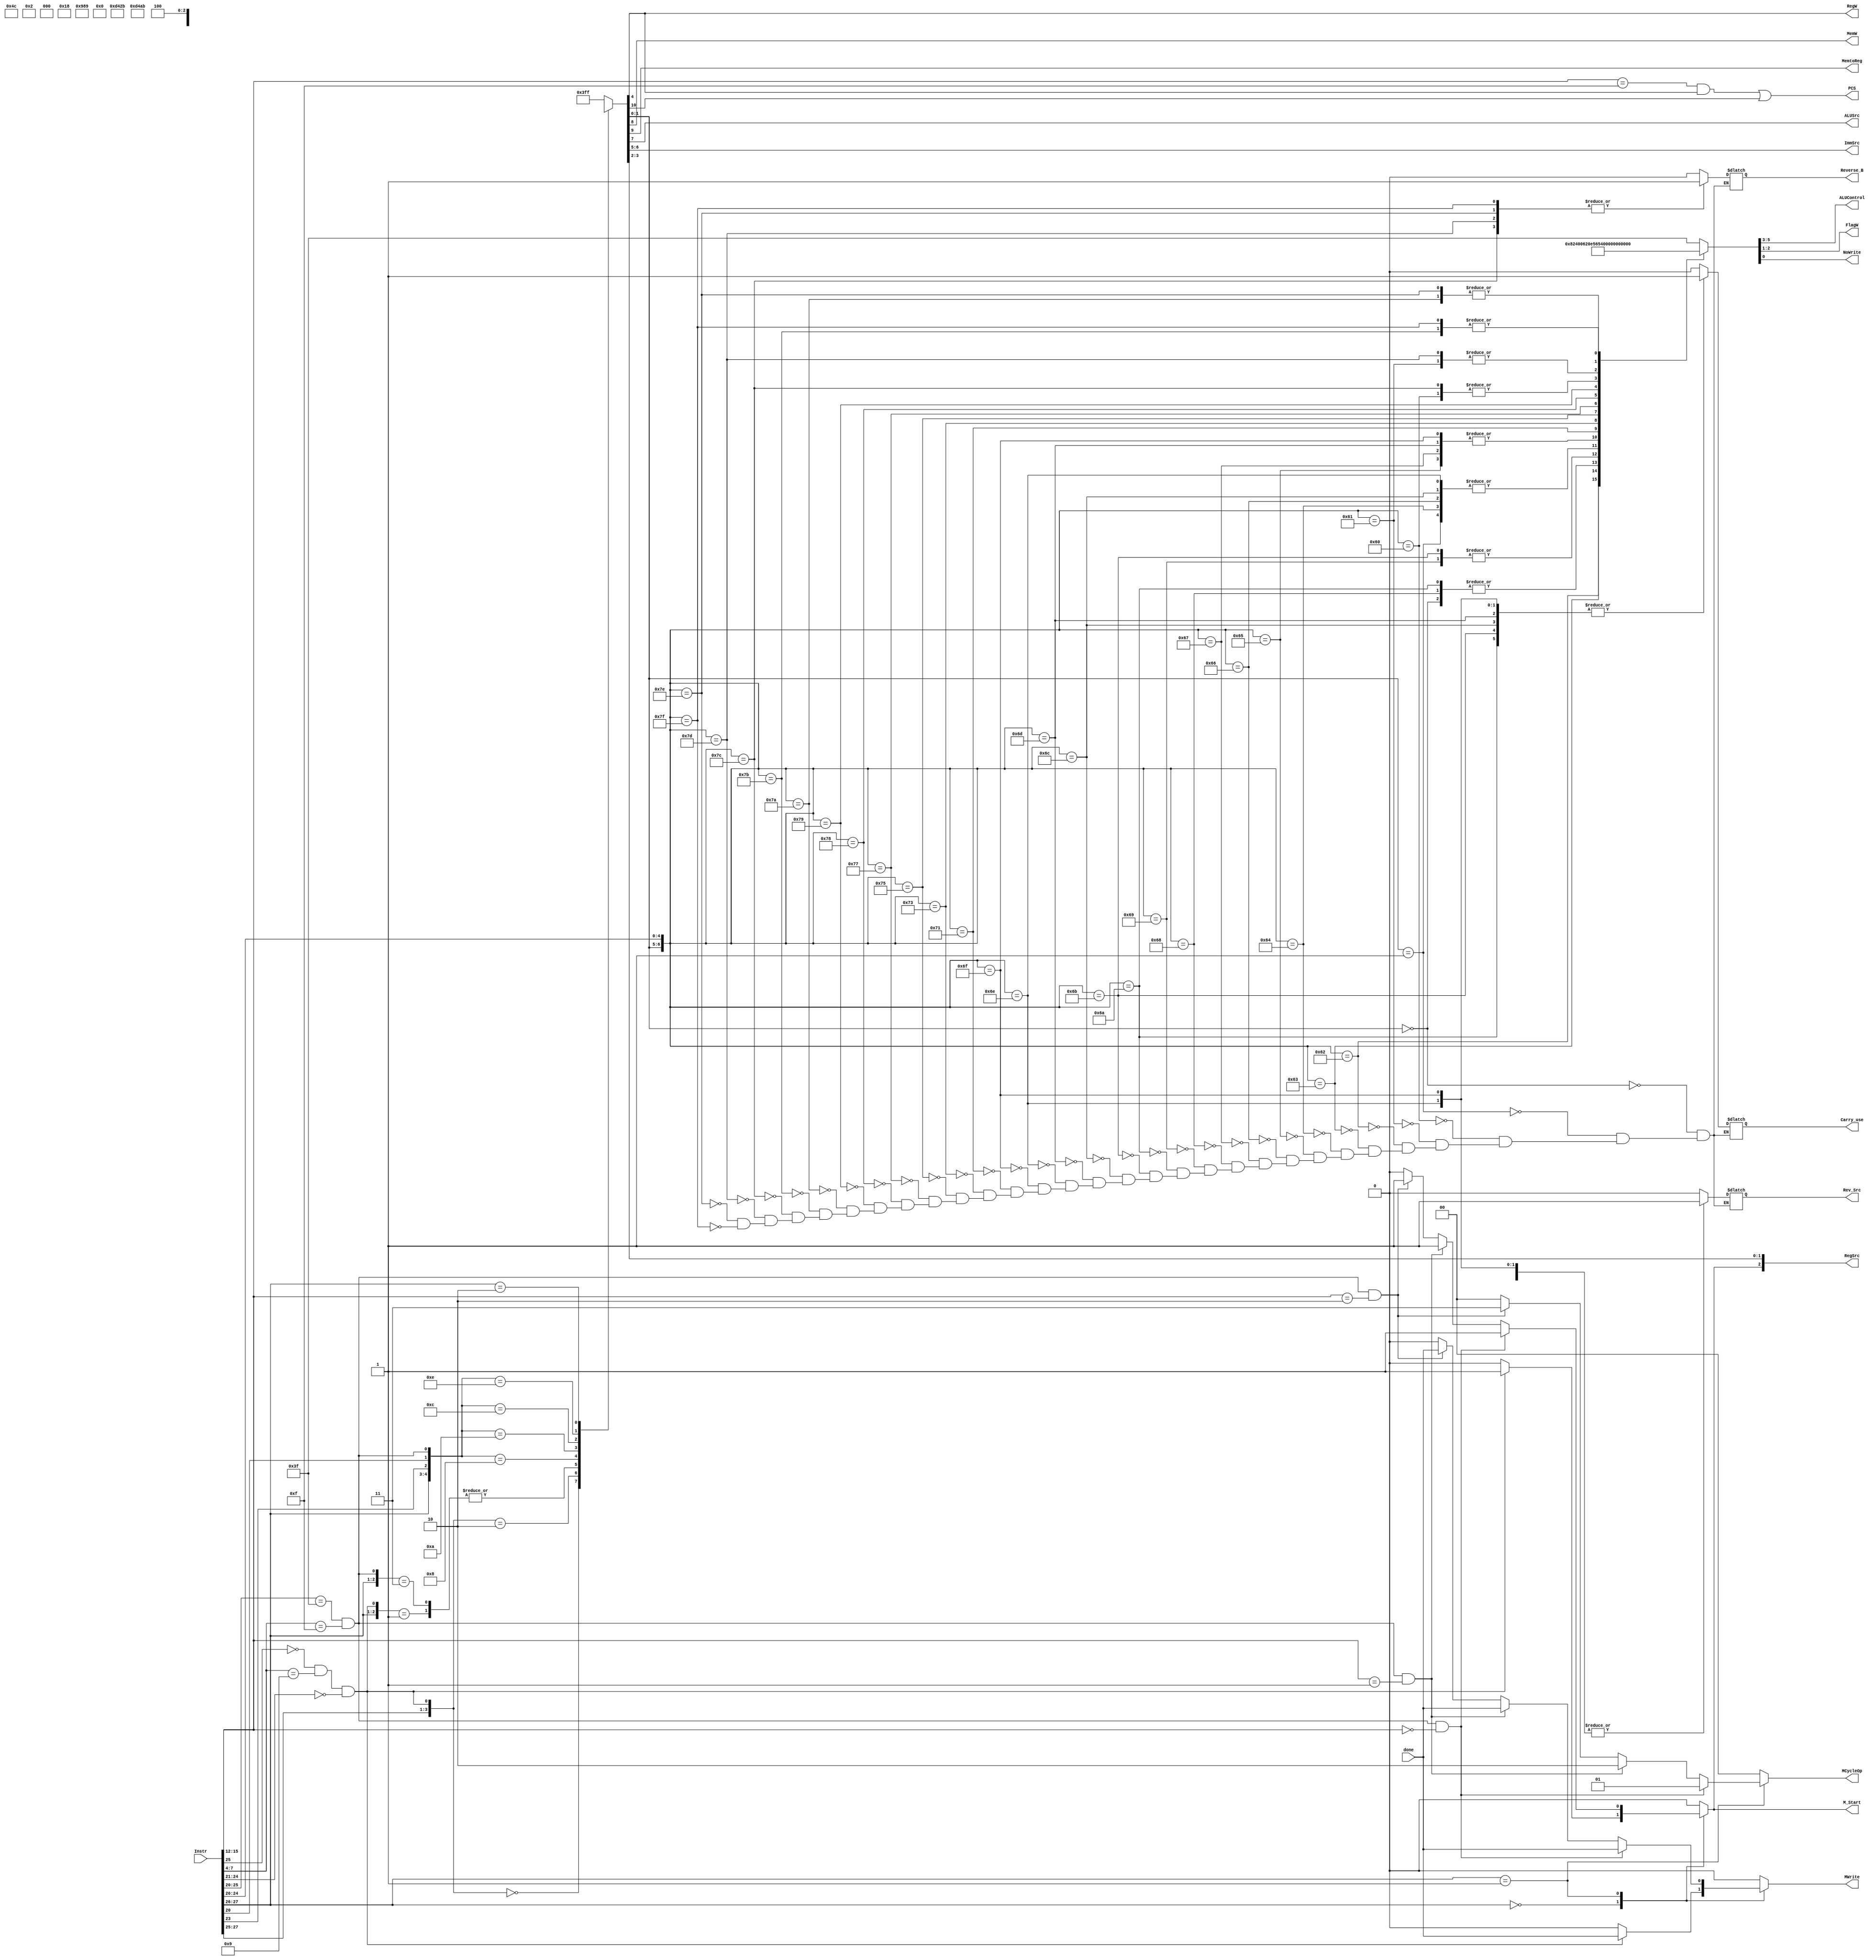
module Decoder(
    input [31:0] Instr,
	
    output PCS,
    output reg RegW, 
    output reg MemW, 
    output reg MemtoReg,
    output reg ALUSrc,
    output reg [1:0] ImmSrc,
    output reg [2:0] RegSrc,
    output reg [2:0] ALUControl,
    output reg [1:0] FlagW,
    output reg NoWrite,

    input done,
    output reg M_Start,
    output reg [1:0] MCycleOp,
    output reg MWrite,

    output reg Carry_use,
    output reg Reverse_B,

    output reg Rev_Src
    ); 
    
    reg [1:0] ALUOp; 
    reg Branch;
    
    wire [1:0] op = Instr[27:26];
    wire funct_I = Instr[25];
    wire [3:0] funct_cmd = Instr[24:21];
    wire funct_S = Instr[20];
    wire funct_U = Instr[23];
    // PC Logic
    assign PCS = ((Instr[15:12] == 4'd15)&RegW)|Branch;

    always @(*) begin
        case(op)
            2'b00:  begin
                if(Instr[25]==0 && Instr[7:4] == 4'b1001 && Instr[24:21] == 4'b0000)    begin
                    RegSrc[2] = 1'b1;
                    MWrite = done;                  
                    MCycleOp = 2'b0;
                    M_Start = 1'b1;
                end
                else begin
                    RegSrc[2] = 1'b0;
                    MWrite = 1'b0;
                    MCycleOp = 2'b0;
                    M_Start = 1'b0;
                end
            end
            2'b01:  begin
                if(Instr[25:20] == 6'b111111 && Instr[7:4] == 4'b1111 && Instr[15:12] == 4'b0000)  begin
                    RegSrc[2] = 1'b1;
                    MWrite = done;
                    MCycleOp = 2'b1;
                    M_Start = 1'b1;
                end
                else if(Instr[25:20] == 6'b111111 && Instr[7:4] == 4'b1111 && Instr[15:12] == 4'b0001)  begin
                    RegSrc[2] = 1'b1;
                    MWrite = done;
                    MCycleOp = 2'd2;
                    M_Start = 1'b1;
                end
                else if(Instr[25:20] == 6'b111111 && Instr[7:4] == 4'b1111 && Instr[15:12] == 4'b0010)  begin
                    RegSrc[2] = 1'b1;
                    MWrite = done;
                    MCycleOp = 2'd3;
                    M_Start = 1'b1;
                end
                else begin
                    RegSrc[2] = 1'b0;
                    MWrite = 1'b0;
                    MCycleOp = 2'b0;
                    M_Start = 1'b0;
                end
            end
            default:    begin
                    RegSrc[2] = 1'b0;
                    MWrite = 1'b0;
                    MCycleOp = 1'b0;
                    M_Start = 1'b0;
            end
        endcase
    end
    
    wire mul_judge = Instr[25]==0 && Instr[7:4] == 4'b1001 && Instr[24:21] == 4'b0000;
    wire other_mul_cycle_judge = Instr[25:20] == 6'b111111 && Instr[7:4] == 4'b1111;
    always@(*)   begin
        casex({op, funct_I, funct_U, funct_S, mul_judge, other_mul_cycle_judge})
            // 7'b00_x_xx_1x:  {Branch, MemtoReg, MemW, ALUSrc, ImmSrc, RegW, RegSrc[1:0], ALUOp}  = 11'b0_0_0_x_xx_1_xx_00;
            7'b00_x_xx_1x:  {Branch, MemtoReg, MemW, ALUSrc, ImmSrc, RegW, RegSrc[1:0], ALUOp}  = 11'b0_0_0_x_xx_0_xx_00;
            7'b00_0_xx_0x:  {Branch, MemtoReg, MemW, ALUSrc, ImmSrc, RegW, RegSrc[1:0], ALUOp}  = 11'b0000xx100_11;
            7'b00_1_xx_0x:  {Branch, MemtoReg, MemW, ALUSrc, ImmSrc, RegW, RegSrc[1:0], ALUOp}  = 11'b0001001x0_11;
            // 7'b01_x_xx_x1:  {Branch, MemtoReg, MemW, ALUSrc, ImmSrc, RegW, RegSrc[1:0], ALUOp}  = 11'b0_0_0_x_xx_1_xx_00;
            7'b01_x_xx_x1:  {Branch, MemtoReg, MemW, ALUSrc, ImmSrc, RegW, RegSrc[1:0], ALUOp}  = 11'b0_0_0_x_xx_0_xx_00;
            7'b01_x_0_0_x0: {Branch, MemtoReg, MemW, ALUSrc, ImmSrc, RegW, RegSrc[1:0], ALUOp}  = 11'b0x1101010_01;
            7'b01_x_0_1_x0: {Branch, MemtoReg, MemW, ALUSrc, ImmSrc, RegW, RegSrc[1:0], ALUOp}  = 11'b0101011x0_01;
            7'b01_x_1_0_x0: {Branch, MemtoReg, MemW, ALUSrc, ImmSrc, RegW, RegSrc[1:0], ALUOp}  = 11'b0x1101010_00;
            7'b01_x_1_1_x0: {Branch, MemtoReg, MemW, ALUSrc, ImmSrc, RegW, RegSrc[1:0], ALUOp}  = 11'b0101011x0_00;
            7'b10_x_xx_xx:    {Branch, MemtoReg, MemW, ALUSrc, ImmSrc, RegW, RegSrc[1:0], ALUOp}  = 11'b1001100x1_00;
            default:    {Branch, MemtoReg, MemW, ALUSrc, ImmSrc, RegW, RegSrc[1:0], ALUOp}   = 11'h3FF;
        endcase
    end
    
    // ALU Decoder
    always @(*) begin
        casex({ALUOp, funct_cmd, funct_S})  // Carry_use: ADC SBC RSC   Reverse_B BIC MVN   Rev_Src RSB/ RSC
            7'b00_xxxx_x: {ALUControl, FlagW, NoWrite, Carry_use, Reverse_B, Rev_Src} = 9'b000_00_0_0_0_0;
            7'b01_xxxx_x: {ALUControl, FlagW, NoWrite, Carry_use, Reverse_B, Rev_Src} = 9'b001_00_0_0_0_0;

            // DP instruction
            7'b11_0000_0: {ALUControl, FlagW, NoWrite, Carry_use, Reverse_B, Rev_Src} = 9'b010_00_0_0_0_0;
            7'b11_0000_1: {ALUControl, FlagW, NoWrite, Carry_use, Reverse_B, Rev_Src} = 9'b010_10_0_0_0_0;   // And

            7'b11_0001_0: {ALUControl, FlagW, NoWrite, Carry_use, Reverse_B, Rev_Src} = 9'b100_00_0_0_0_0;
            7'b11_0001_1: {ALUControl, FlagW, NoWrite, Carry_use, Reverse_B, Rev_Src} = 9'b100_10_0_0_0_0;   // EOR

            7'b11_0010_0: {ALUControl, FlagW, NoWrite, Carry_use, Reverse_B, Rev_Src} = 9'b001_00_0_0_0_0;
            7'b11_0010_1: {ALUControl, FlagW, NoWrite, Carry_use, Reverse_B, Rev_Src} = 9'b001_11_0_0_0_0;   // SUB

            7'b11_0011_0: {ALUControl, FlagW, NoWrite, Carry_use, Reverse_B, Rev_Src} = 9'b001_00_0_0_0_1;
            7'b11_0011_1: {ALUControl, FlagW, NoWrite, Carry_use, Reverse_B, Rev_Src} = 9'b001_11_0_0_0_1;   // RSB

            7'b11_0100_0: {ALUControl, FlagW, NoWrite, Carry_use, Reverse_B, Rev_Src} = 9'b000_00_0_0_0_0;
            7'b11_0100_1: {ALUControl, FlagW, NoWrite, Carry_use, Reverse_B, Rev_Src} = 9'b000_11_0_0_0_0;   // ADD

            7'b11_0101_0: {ALUControl, FlagW, NoWrite, Carry_use, Reverse_B, Rev_Src} = 9'b000_00_0_1_0_0;
            7'b11_0101_1: {ALUControl, FlagW, NoWrite, Carry_use, Reverse_B, Rev_Src} = 9'b000_11_0_1_0_0;   // ADC

            7'b11_0110_0: {ALUControl, FlagW, NoWrite, Carry_use, Reverse_B, Rev_Src} = 9'b001_00_0_1_0_0;
            7'b11_0110_1: {ALUControl, FlagW, NoWrite, Carry_use, Reverse_B, Rev_Src} = 9'b001_11_0_1_0_0;   // SBC

            7'b11_0111_0: {ALUControl, FlagW, NoWrite, Carry_use, Reverse_B, Rev_Src} = 9'b001_00_0_1_0_1;
            7'b11_0111_1: {ALUControl, FlagW, NoWrite, Carry_use, Reverse_B, Rev_Src} = 9'b001_11_0_1_0_1;   // RSC

            7'b11_1000_1: {ALUControl, FlagW, NoWrite, Carry_use, Reverse_B, Rev_Src} = 9'b010_10_1_0_0_0;   // TST

            7'b11_1001_1: {ALUControl, FlagW, NoWrite, Carry_use, Reverse_B, Rev_Src} = 9'b100_10_1_0_0_0;   // TEQ
            
            7'b11_1010_1: {ALUControl, FlagW, NoWrite, Carry_use, Reverse_B, Rev_Src} = 9'b001_11_1_0_0_0;   // CMP

            7'b11_1011_1: {ALUControl, FlagW, NoWrite, Carry_use, Reverse_B, Rev_Src} = 9'b000_11_1_0_0_0;   // CMN

            7'b11_1100_0: {ALUControl, FlagW, NoWrite, Carry_use, Reverse_B, Rev_Src} = 9'b011_00_0_0_0_0;
            7'b11_1100_1: {ALUControl, FlagW, NoWrite, Carry_use, Reverse_B, Rev_Src} = 9'b011_10_0_0_0_0;   // ORR

            7'b11_1101_0: {ALUControl, FlagW, NoWrite, Carry_use, Reverse_B, Rev_Src} = 9'b101_00_0_0_0_0;
            7'b11_1101_1: {ALUControl, FlagW, NoWrite, Carry_use, Reverse_B, Rev_Src} = 9'b101_10_0_0_0_0;   // MOV

            7'b11_1110_0: {ALUControl, FlagW, NoWrite, Carry_use, Reverse_B, Rev_Src} = 9'b010_00_0_0_1_0;
            7'b11_1110_1: {ALUControl, FlagW, NoWrite, Carry_use, Reverse_B, Rev_Src} = 9'b010_10_0_0_1_0;   // BIC

            7'b11_1111_0: {ALUControl, FlagW, NoWrite, Carry_use, Reverse_B, Rev_Src} = 9'b101_00_0_0_1_0;
            7'b11_1111_1: {ALUControl, FlagW, NoWrite, Carry_use, Reverse_B, Rev_Src} = 9'b101_10_0_0_1_0;   // MVN

            default:   {ALUControl, FlagW, NoWrite} = 9'b111111111;
        endcase
    end
endmodule